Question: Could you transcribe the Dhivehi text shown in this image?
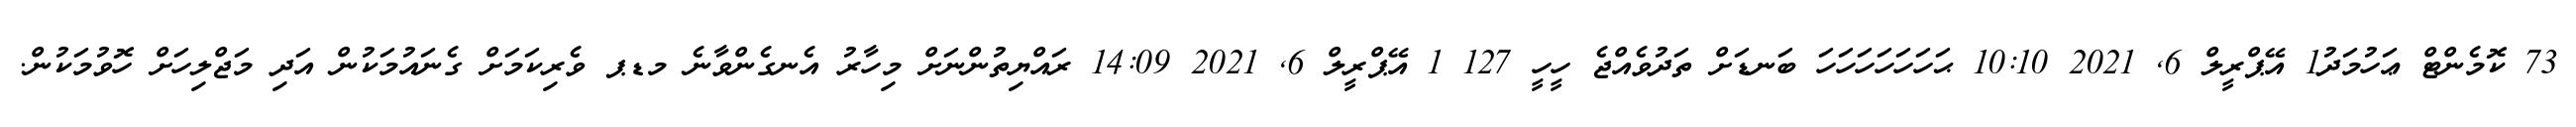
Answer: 73 ކޮމެންޓް ޢަހުމަދު1 އޭޕްރީލް 6, 2021 10:10 ޙަހަހަހަހަހަހަ ބަނޑަށް ތަދުވެއްޖެ ހީހީ 127 1 އޭޕްރީލް 6, 2021 14:09 ރައްޔިތުންނަށް މިހާރު އެނގެންވާނެ މޑޕ ވެރިކަމަށް ގެނައުމަކުން އަދި މަޖްލިހަށް ހޮވުމަކުން.